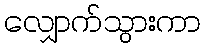
လျှောက်သွားကာ